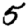
Digit: 5